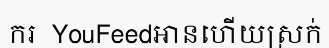
ករ  YouFeedអានហើយស្រក់